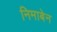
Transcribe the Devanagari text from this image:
निमाबेन